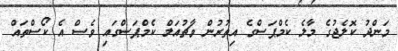
މަންދު ކޮލެޖުގެ މާލެ ކެމްޕަސްގެ އިތުރުން ވާޗުއަލް ކެމްޕަސްގައި ވެސް އެ ކޯސްތައް